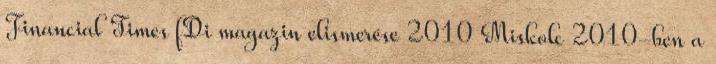
Financial Times fDi magazin elismerése 2010 Miskolc 2010-ben a